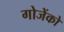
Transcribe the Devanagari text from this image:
गोजेंको